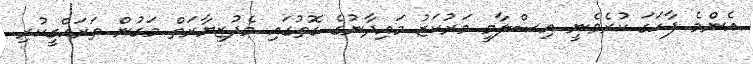
އެންމެ ފާހަގަ ކުރެވެނީ އިސްލާމީ މަރުކަޒު މައިދާނުގެ ގޮތުގައި މެދުޒިޔާރަތް މަގުން ތަރައްގީކުރި